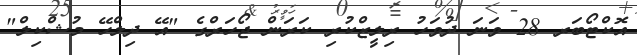
އޮކްޓޯބަރ 28 ވަނަ ދުވަހު ރިލީޒްކުރި ކަރަން ޖޯހަރްގެ "އޭ ދިލްހޭ މުޝްކިލް"